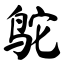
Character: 鸵